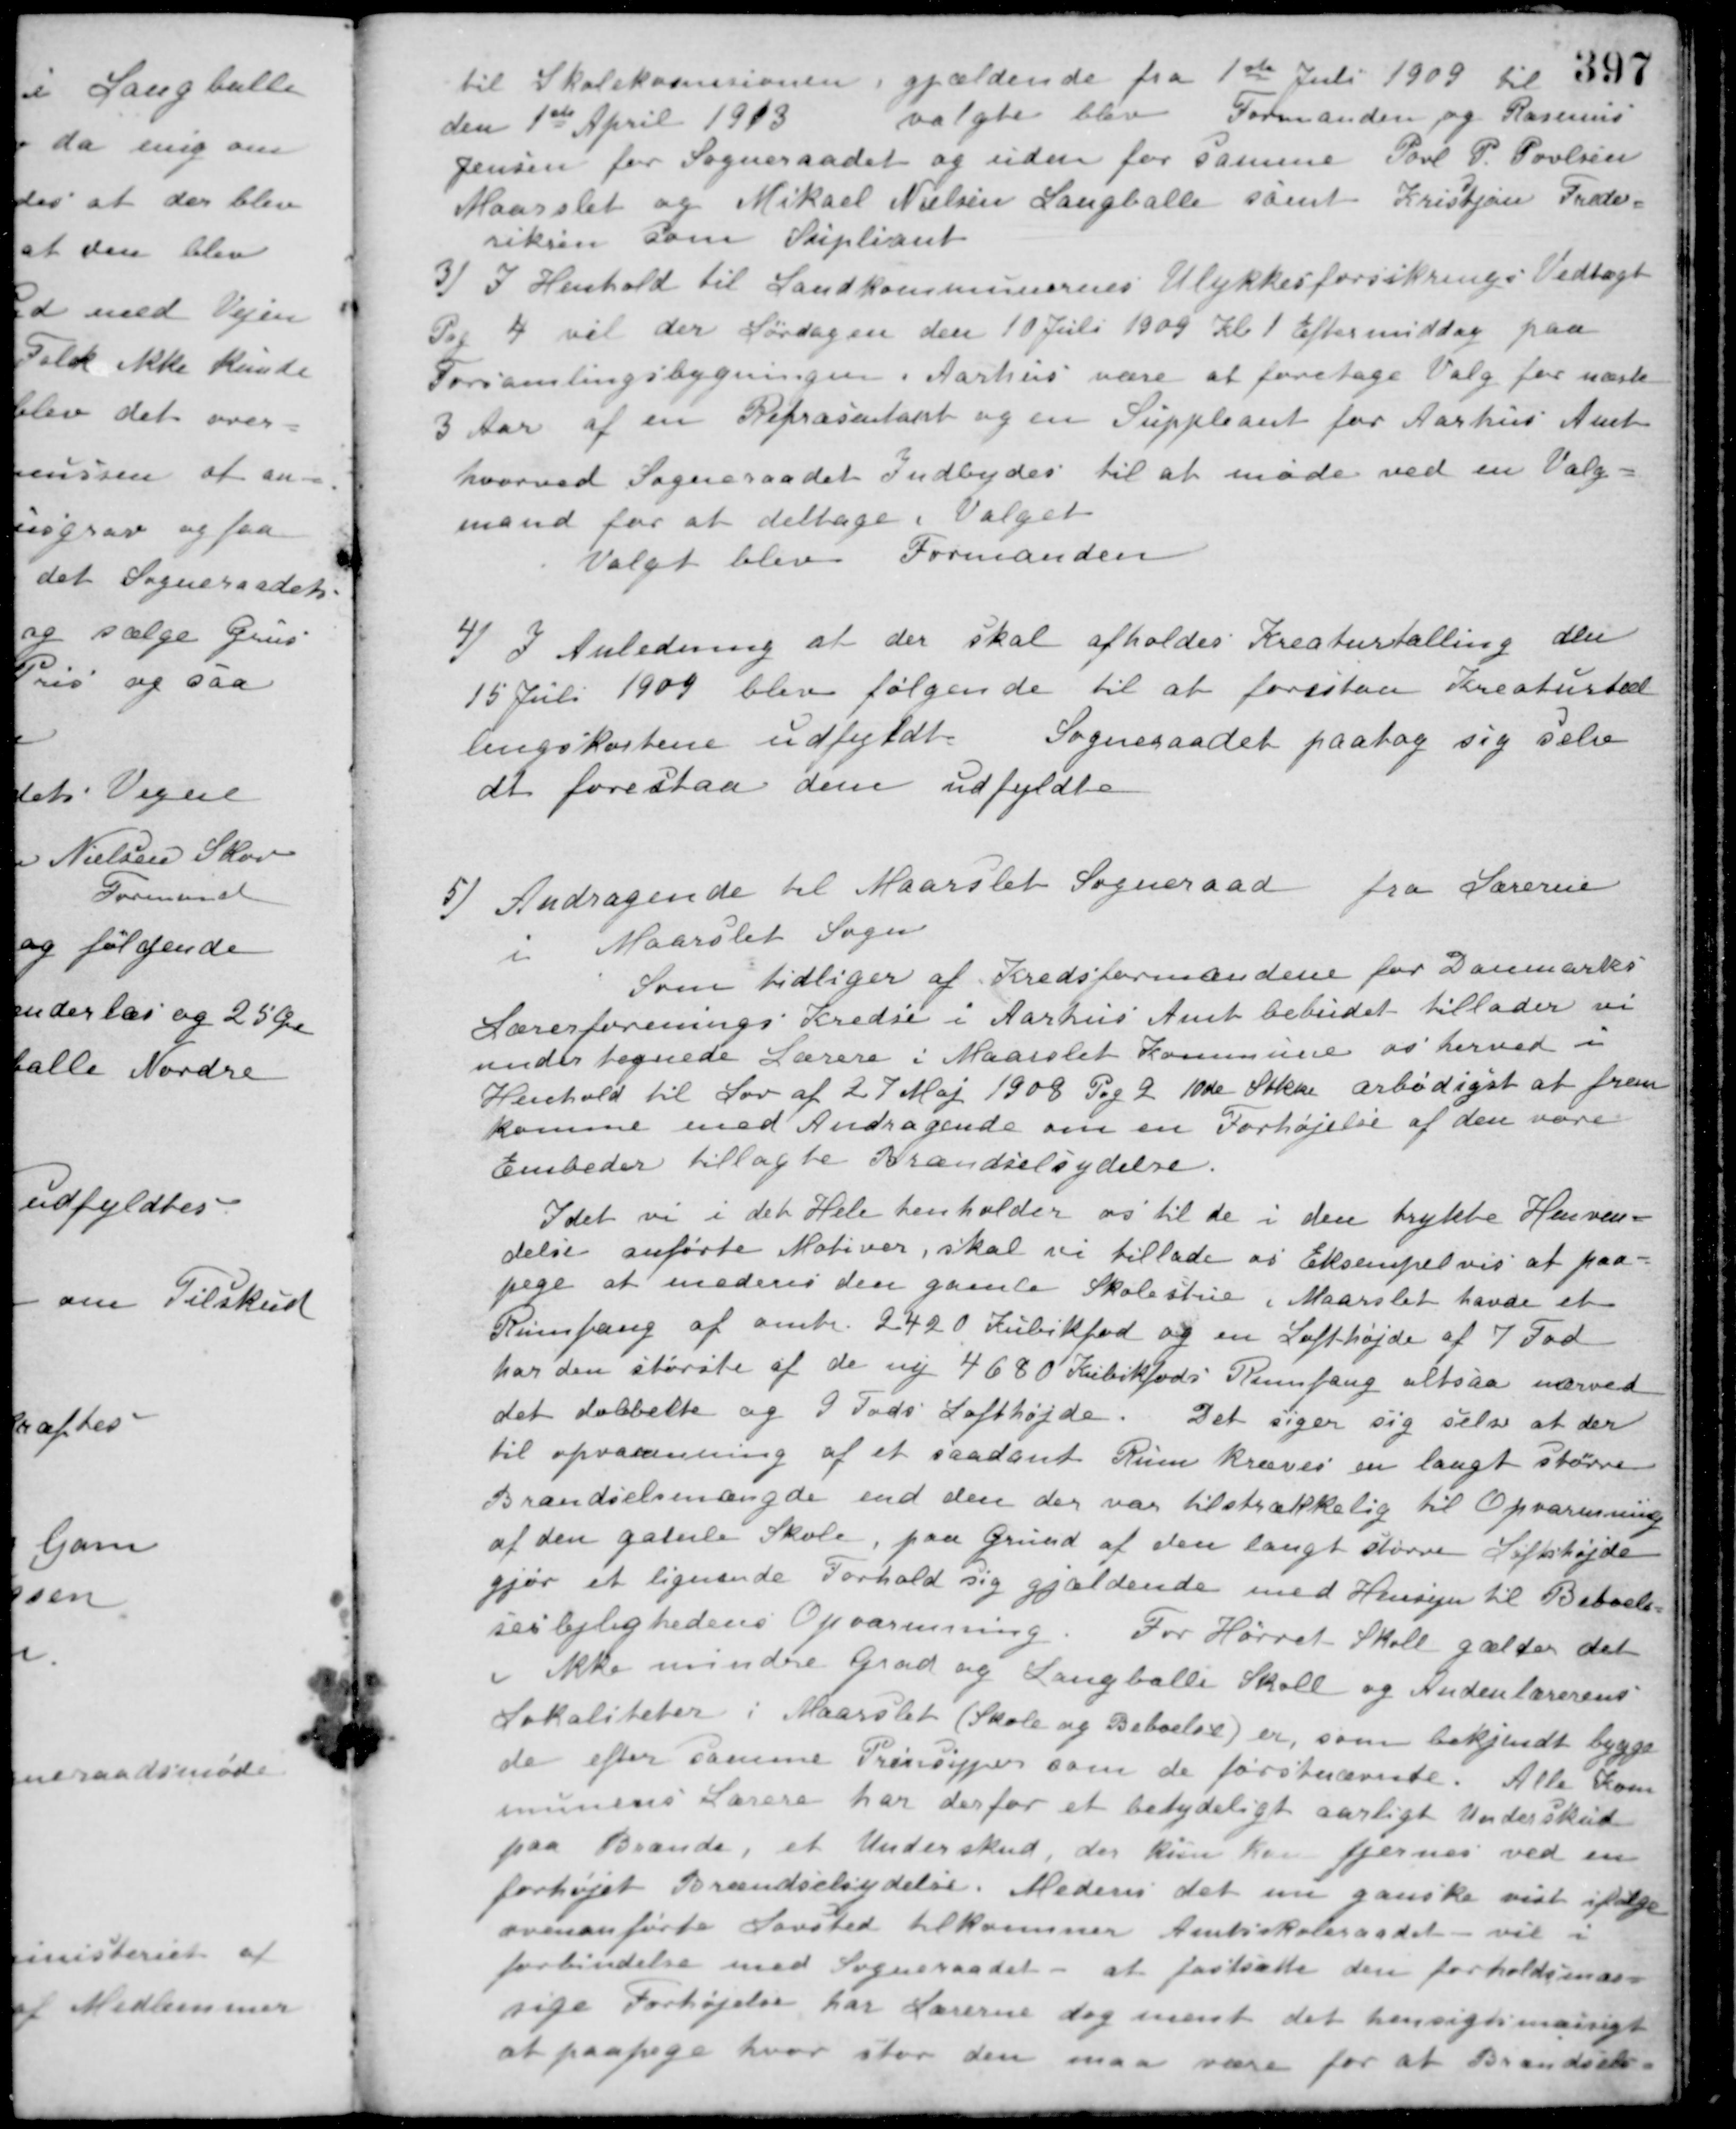
Transskription:
til Skolekommisionen gjældende fra 1ste Juli 1909 til
den 1ste April 1913
valgte blev Formanden og Rasmus
Jensen for Sogneraadet og uden for samme Poul P. Poulsen
Maarslet og Mikael Nielsen Langballe samt Kristjan Frede-
riksen som Supliant
3) I Henhold til Landkommunernes Ulykkesforsikrings Vedtægt
Pag 4 vil der Lørdagen den 10 Juli 1909 Kl 1 Eftermiddag paa
Forsamlingsbygningen i Aarhus være at foretage Valg for næste
3 Aar af en Repræsentant og en Suppleant for Aarhus Amt
hvorved Sogneraadet Indbydes til at møde ved en Valg-
mand for at deltage i Valget
Valgt blev Formanden
4) I Anledning af der skal afholdes Kreaturtælling den
15 Juli 1909 blev følgende til at forestaa Kreaturtæl-
lingskortene udfyldt Sogneraadet paatog sig selv
at forestaa dem udfyldte
5) Andragende til Maarslet Sogneraad fra Lærerne
i Maarslet Sogn
Som tidliger af Kredsformandene for Danmarks
Lærerforenings Kredse i Aarhus Amt bebudet tillader vi
undertegnede Lærere i Maarslet Kommune os herved i
Henhold til Lov af 27 Maj 1908 Pag 2 10de Sikke ærbødigst at frem-
komme med Andragende om en Forhøjelse af den vore
Embeder tillagte Brændselsydelse.
Idet vi i det Hele henholder os til de i den trykte Henven-
delse anførte Motiver, skal vi tillade os Eksempelvis at paa-
pege at medens den gamle Skolestue i Maarslet havde et
Rumfang af amte 2420 Kubikfod og en Lofthøjde af 7 Fod
har den største af de ny 4680 Kubikfods Rumfang altsaa nærved
det dobbelte og 9 Fods Lofthøjde. Det siger sig selv at der
til opvarmning af et saadant Rum kræves en langt større
Brændselsmængde end den der var tilstrækkelig til Opvarmning
af den gamle Skole, paa Grund af den langt større Loftshøjde
gjør et lignende Forhold sig gjældende med Hensyn til Beboel-
seslejlighedens Opvarmning. For Hørret Skole gælder det
i ikke mindre Grad og Langballe Skole og Andenlærerens
Lokaliteter i Maarslet (Skole og Beboelse) er, som bekjendt bygge-
de efter samme Principper som de førstnævnte. Alle Kom-
munens Lærere har derfor et betydeligt aarligt Underskud
paa Brænde, et Underskud, der kun kan fjernes ved en
forhøjet Brændselsydelse. Medens det nu ganske vist ifølge
ovenanførte Lovsted tilkommer Amtsskoleraadet - vil i
forbindelse med Sogneraadet - at fastsætte den forholdsmæs-
sige Forhøjelse har Lærerne dog ment det hensigtsmansigt
at paapege hvor stor den maa være for at Brændsels-